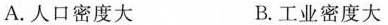
A.人口密度大 B.工业密度大